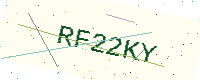
Text: RF22KY